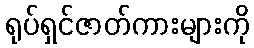
ရုပ်ရှင်ဇာတ်ကားများကို